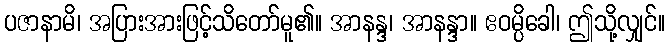
ပဇာနာမိ၊ အပြားအားဖြင့်သိတော်မူ၏။ အာနန္ဒ၊ အာနန္ဒာ။ ဧဝမ္ပိခေါ၊ ဤသို့လျှင်။